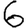
Digit: 6